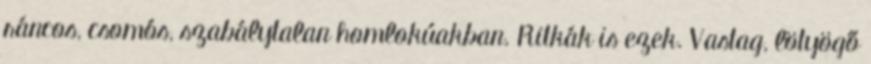
ráncos, csomós, szabálytalan homlokúakban. Ritkák is ezek. Vastag, lötyögő